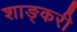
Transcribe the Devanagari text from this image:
शाङ्करी